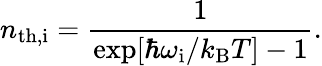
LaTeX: n_{\mathrm{th,i}}=\frac{1}{\exp[\hbar\omega_{\mathrm{i}}/k_{\mathrm{B}}T]-1}.